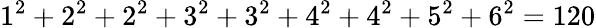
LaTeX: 1^{2}+2^{2}+2^{2}+3^{2}+3^{2}+4^{2}+4^{2}+5^{2}+6^{2}=120